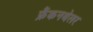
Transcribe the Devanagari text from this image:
फ्रैंकनथेलर